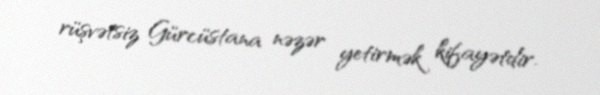
rüşvətsiz Gürcüstana nəzər yetirmək kifayətdir.